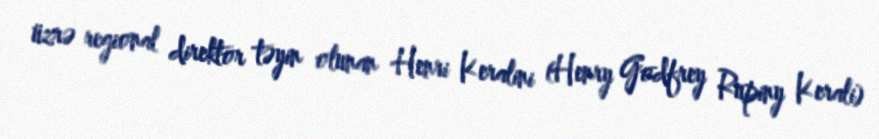
üzrə regional direktor təyin olunan Henri Keralini (Henry Godfrey Rupiny Kerali)